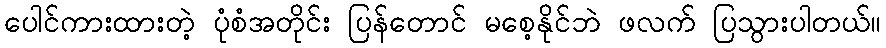
ပေါင်ကားထားတဲ့ ပုံစံအတိုင်း ပြန်တောင် မစေ့နိုင်ဘဲ ဖလက် ပြသွားပါတယ်။